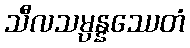
သီလသမ္ပန္နဿေတံ